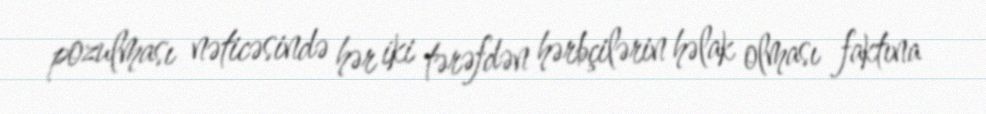
pozulması nəticəsində hər iki tərəfdən hərbçilərin həlak olması faktına